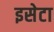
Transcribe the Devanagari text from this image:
इसेटा